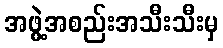
အဖွဲ့အစည်းအသီးသီးမှ